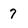
Character: 7